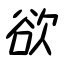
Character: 欲